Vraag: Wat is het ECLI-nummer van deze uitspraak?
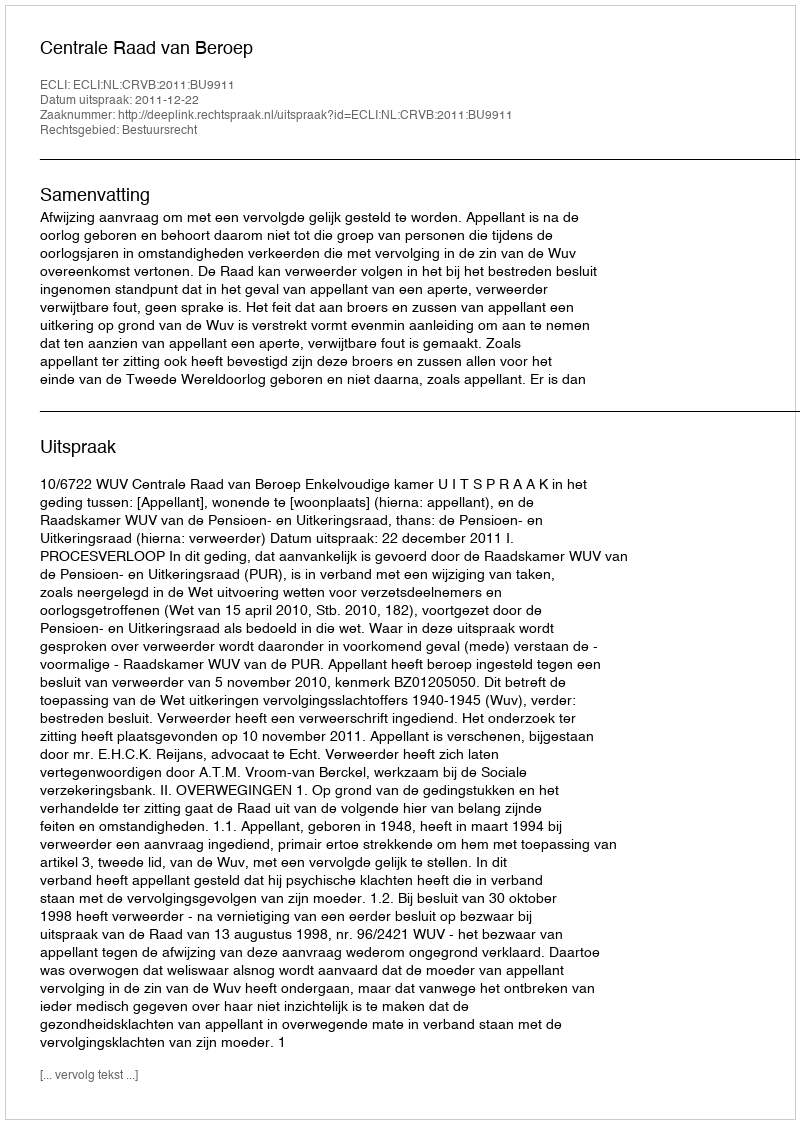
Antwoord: ECLI:NL:CRVB:2011:BU9911